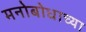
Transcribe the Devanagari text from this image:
मनोबोधाच्या